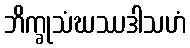
ဘိက္ခုသံဃဿဒါသဟံ